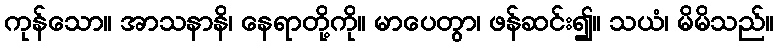
ကုန်သော။ အာသနာနိ၊ နေရာတို့ကို။ မာပေတွာ၊ ဖန်ဆင်း၍။ သယံ၊ မိမိသည်။